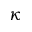
\kappa